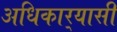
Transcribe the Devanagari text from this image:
अधिकार्‍यासी